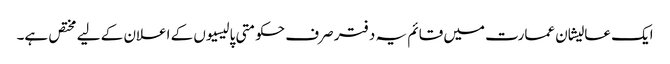
ایک عالیشان عمارت میں قائم یہ دفتر صرف حکومتی پالیسیوں کے اعلان کے لیے مختص ہے۔